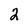
Character: 2